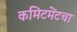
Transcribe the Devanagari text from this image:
कमिटमेंटचा